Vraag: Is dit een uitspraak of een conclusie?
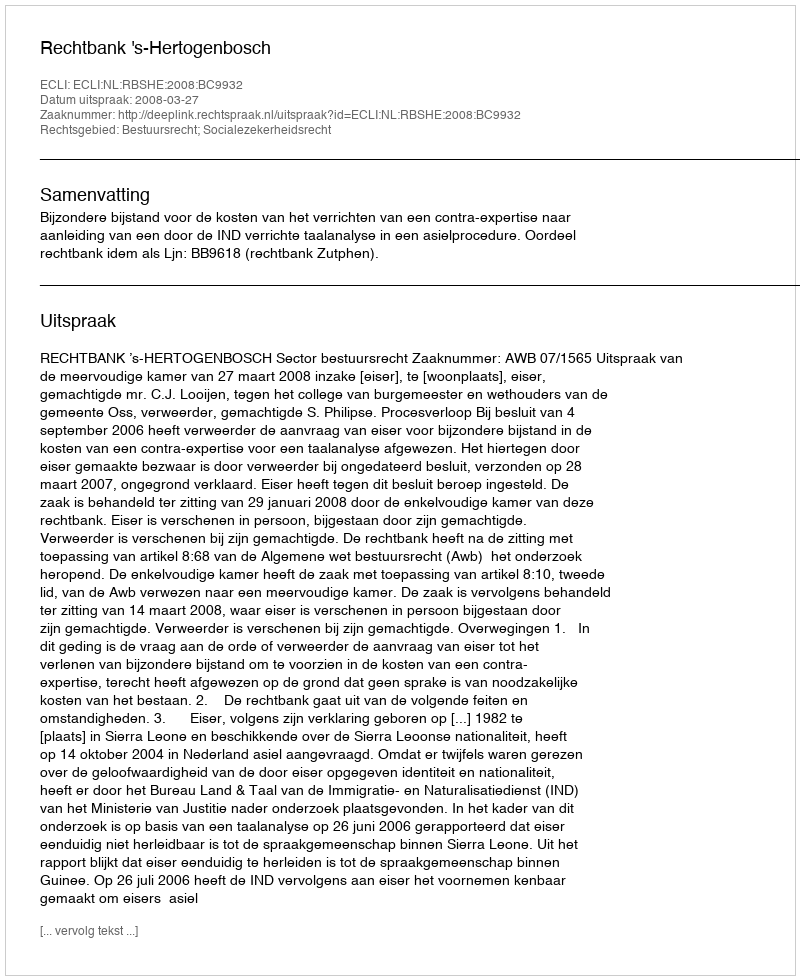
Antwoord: Uitspraak